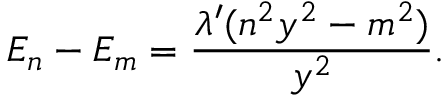
E _ { n } - E _ { m } = \frac { \lambda ^ { \prime } ( n ^ { 2 } y ^ { 2 } - m ^ { 2 } ) } { y ^ { 2 } } .